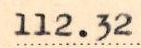
112.32